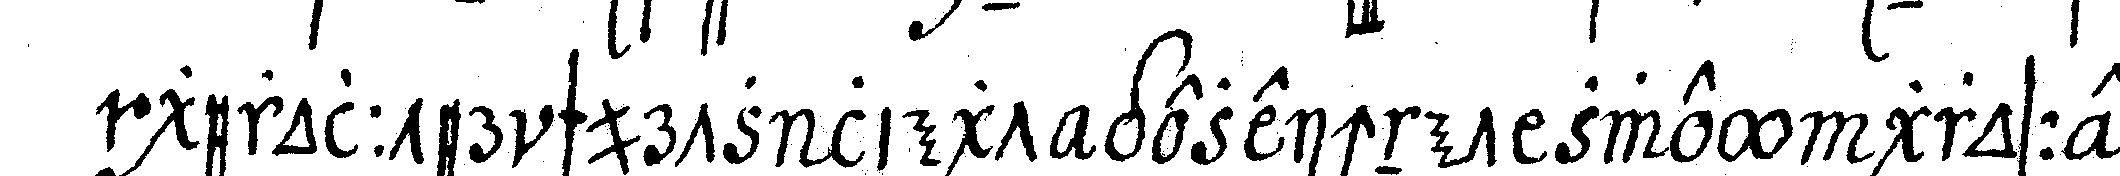
gerollter schurtz liegt gezeichnet zwey grosse